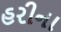
હરીના